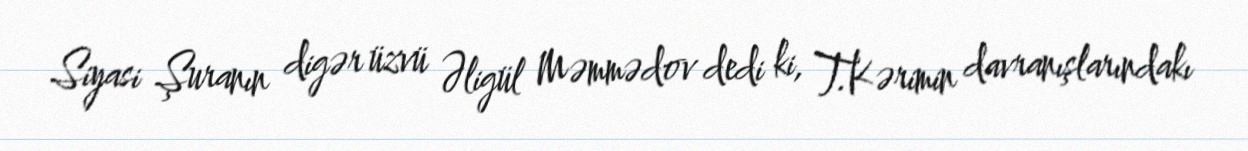
Siyasi Şuranın digər üzvü Əligül Məmmədov dedi ki, T.Kərimin davranışlarındakı